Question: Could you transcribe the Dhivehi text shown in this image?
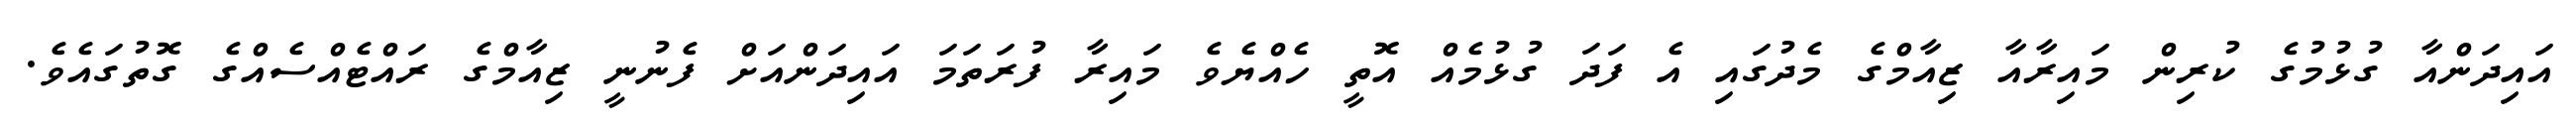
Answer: އައިދަންއާ ގުޅުމުގެ ކުރިން މައިރާއާ ޒިއާމްގެ މެދުގައި އެ ފަދަ ގުޅުމެއް އޮތީ ހެއްޔެވެ މައިރާ ފުރަތަމަ އައިދަންއަށް ފެނުނީ ޒިއާމްގެ ރައްޓެއްސެއްގެ ގޮތުގައެވެ.